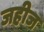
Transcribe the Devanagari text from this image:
जहीज